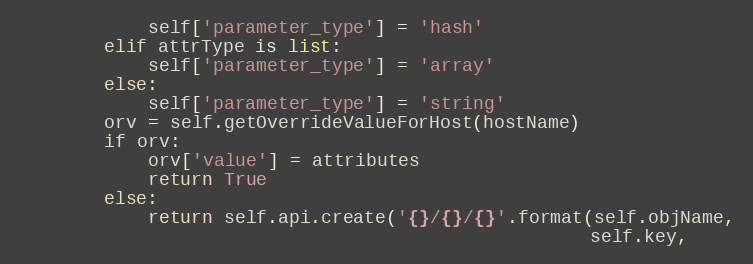
Language: Python
            self['parameter_type'] = 'hash'
        elif attrType is list:
            self['parameter_type'] = 'array'
        else:
            self['parameter_type'] = 'string'
        orv = self.getOverrideValueForHost(hostName)
        if orv:
            orv['value'] = attributes
            return True
        else:
            return self.api.create('{}/{}/{}'.format(self.objName,
                                                     self.key,